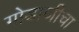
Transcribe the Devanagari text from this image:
गोडाजीचा